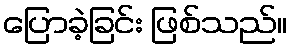
ပြောခဲ့ခြင်း ဖြစ်သည်။